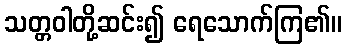
သတ္တဝါတို့ဆင်း၍ ရေသောက်ကြ၏။